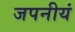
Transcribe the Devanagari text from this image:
जपनीयं